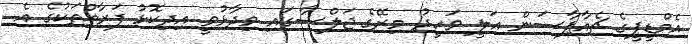
އެމްޑީޕީގެ ޗެއާޕާސަން އަލީ ވަހީދު މިރޭގެ ޖަލްސާގައި ވިދާޅުވީ އިދިކޮޅު ފަރާތްތަކުގެ އެ